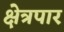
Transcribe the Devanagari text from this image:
क्षेत्रपार